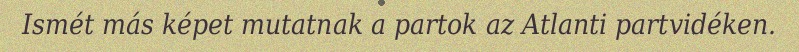
Ismét más képet mutatnak a partok az Atlanti partvidéken.